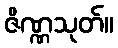
ဇိဏ္ဏသုတ်။